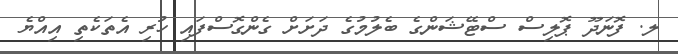
ލ. ފޮނަދޫ ޕޮލިސް ސްޓޭޝަންގެ ބެލުމުގެ ދަށަށް ގެންގޮސްފައި ހުރި އެތަކެތި އިއްޔެ